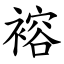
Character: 褣